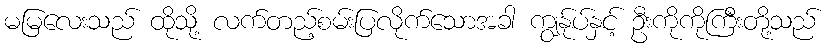
မမြလေးသည် ထိုသို့ လက်တည့်စမ်းပြလိုက်သောအခါ ကျွန်ုပ်နှင့် ဦးကိုကိုကြီးတို့သည်